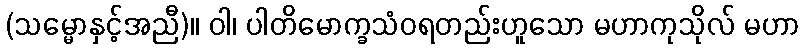
(သမ္မောနှင့်အညီ)။ ဝါ၊ ပါတိမောက္ခသံဝရတည်းဟူသော မဟာကုသိုလ် မဟာ